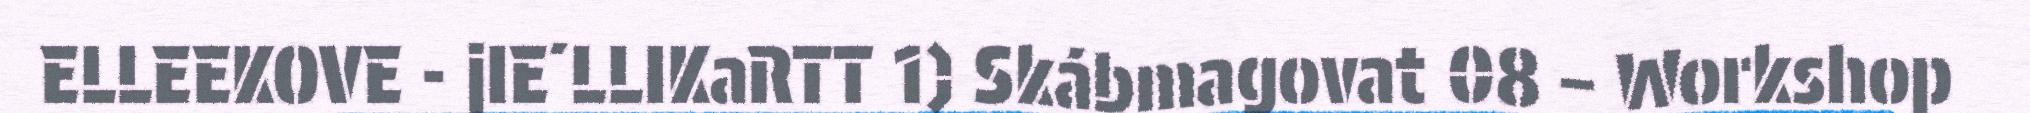
ELLEEKOVE - jIE´LLIKaRTT 1) Skábmagovat 08 – Workshop